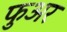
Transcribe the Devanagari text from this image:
फुअर